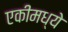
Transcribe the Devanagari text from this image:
एकीमध्ये